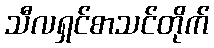
သီလရှင်စာသင်တိုက်